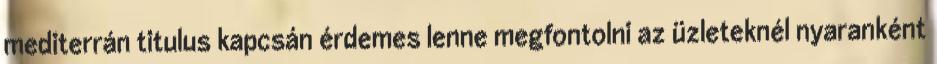
mediterrán titulus kapcsán érdemes lenne megfontolni az üzleteknél nyaranként